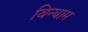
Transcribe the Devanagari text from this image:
विन्धाम